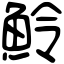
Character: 魿